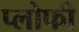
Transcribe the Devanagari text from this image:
प्लोफी